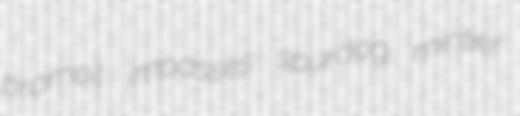
bromoil impasses spurdog mintier